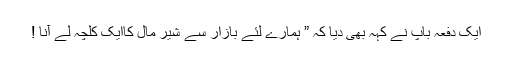
ایک دفعہ باپ نے کہہ بھی دیا کہ ” ہمارے لئے بازار سے شیر مال کاایک کلچہ لے آنا !